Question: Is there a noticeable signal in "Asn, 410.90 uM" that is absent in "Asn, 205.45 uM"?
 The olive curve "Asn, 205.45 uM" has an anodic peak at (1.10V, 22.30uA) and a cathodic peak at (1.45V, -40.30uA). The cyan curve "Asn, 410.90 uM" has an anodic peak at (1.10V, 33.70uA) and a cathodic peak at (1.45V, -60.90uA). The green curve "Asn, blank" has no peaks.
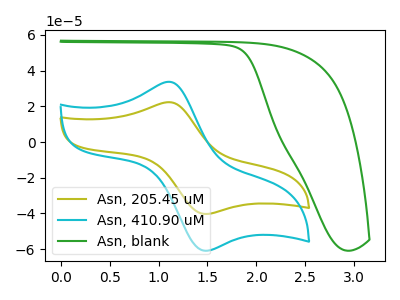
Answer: <think>All the peaks in "Asn, 410.90 uM" have a peak in "Asn, 205.45 uM" at the same potential. Every peak in "Asn, 410.90 uM" is higher than every peak in "Asn, 205.45 uM".
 </think>
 <answer>No, "Asn, 410.90 uM" and "Asn, 205.45 uM" don't appear to be significantly different in shape</answer>
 <eval>no_change</eval>